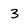
Character: 3